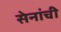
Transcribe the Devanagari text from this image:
सेनांची